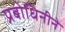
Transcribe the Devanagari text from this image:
प्रबोधिनीने